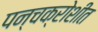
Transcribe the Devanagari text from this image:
पन्चक्रोशीत